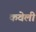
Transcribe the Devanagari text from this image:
कवेली